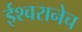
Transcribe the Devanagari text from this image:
ईश्वरानेच